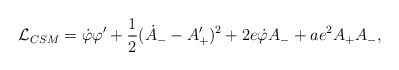
\begin{align*}{\cal L}_{CSM}={\dot\varphi}\varphi'+{1\over 2}({\dot A}_{-}-{A'_{+}})^{2}+ 2e {\dot\varphi} A_{-}+a e^{2} A_{+} A_{-},\end{align*}